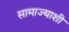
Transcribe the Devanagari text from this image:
सामाज्याशी